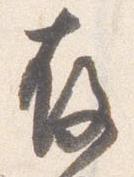
存